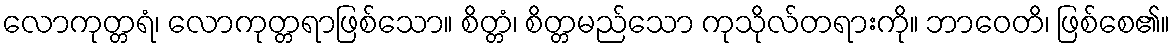
လောကုတ္တရံ၊ လောကုတ္တရာဖြစ်သော။ စိတ္တံ၊ စိတ္တမည်သော ကုသိုလ်တရားကို။ ဘာဝေတိ၊ ဖြစ်စေ၏။